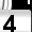
Digit: 4